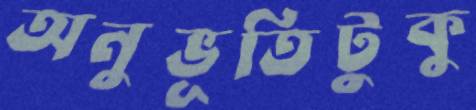
অনুভূতিটুকু